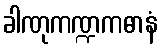
ခါဏုကဏ္ဍကဓာနံ